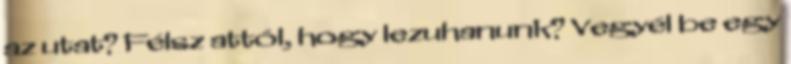
az utat? Félsz attól, hogy lezuhanunk? Vegyél be egy